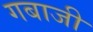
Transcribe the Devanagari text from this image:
गबाजी